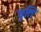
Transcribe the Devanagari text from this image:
वृतिः